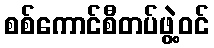
စစ်ကောင်စီတပ်ဖွဲ့ဝင်